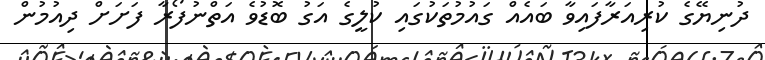
ދުނިޔޭގެ ކުރިއަރާފައިވާ ބައެއް ގައުމުތަކުގައި ކުލީގެ އަގު ބޮޑުވެ އަތްނުފޯރާ ފަށަށް ދިއުމުން